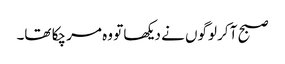
صبح آ کر لوگوں نے دیکھا تو وہ مر چکا تھا۔